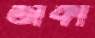
তাকা